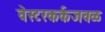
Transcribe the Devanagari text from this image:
वेस्टरकर्कजवळ